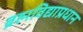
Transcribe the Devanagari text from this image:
ब्रह्मविद्याप्रधान